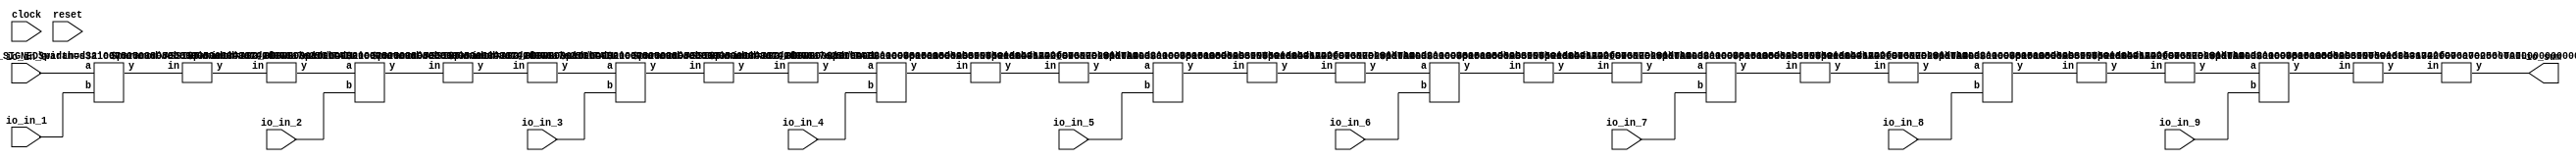
module FixedPointReduce(
    input clock,
    input reset,
    input [63:0] io_in_0,
    input [63:0] io_in_1,
    input [63:0] io_in_2,
    input [63:0] io_in_3,
    input [63:0] io_in_4,
    input [63:0] io_in_5,
    input [63:0] io_in_6,
    input [63:0] io_in_7,
    input [63:0] io_in_8,
    input [63:0] io_in_9,
    output [63:0] io_sum
);
    wire [64:0] _T_16;
    ADD_SIGNED #(.width(64)) s_add_1 (
        .y(_T_16),
        .a(io_in_0),
        .b(io_in_1)
    );
    wire [63:0] _T_17;
    TAIL #(.width(65), .n(1)) tail_2 (
        .y(_T_17),
        .in(_T_16)
    );
    wire [63:0] _T_18;
    ASSINT #(.width(64)) assint_3 (
        .y(_T_18),
        .in(_T_17)
    );
    wire [64:0] _T_19;
    ADD_SIGNED #(.width(64)) s_add_4 (
        .y(_T_19),
        .a(_T_18),
        .b(io_in_2)
    );
    wire [63:0] _T_20;
    TAIL #(.width(65), .n(1)) tail_5 (
        .y(_T_20),
        .in(_T_19)
    );
    wire [63:0] _T_21;
    ASSINT #(.width(64)) assint_6 (
        .y(_T_21),
        .in(_T_20)
    );
    wire [64:0] _T_22;
    ADD_SIGNED #(.width(64)) s_add_7 (
        .y(_T_22),
        .a(_T_21),
        .b(io_in_3)
    );
    wire [63:0] _T_23;
    TAIL #(.width(65), .n(1)) tail_8 (
        .y(_T_23),
        .in(_T_22)
    );
    wire [63:0] _T_24;
    ASSINT #(.width(64)) assint_9 (
        .y(_T_24),
        .in(_T_23)
    );
    wire [64:0] _T_25;
    ADD_SIGNED #(.width(64)) s_add_10 (
        .y(_T_25),
        .a(_T_24),
        .b(io_in_4)
    );
    wire [63:0] _T_26;
    TAIL #(.width(65), .n(1)) tail_11 (
        .y(_T_26),
        .in(_T_25)
    );
    wire [63:0] _T_27;
    ASSINT #(.width(64)) assint_12 (
        .y(_T_27),
        .in(_T_26)
    );
    wire [64:0] _T_28;
    ADD_SIGNED #(.width(64)) s_add_13 (
        .y(_T_28),
        .a(_T_27),
        .b(io_in_5)
    );
    wire [63:0] _T_29;
    TAIL #(.width(65), .n(1)) tail_14 (
        .y(_T_29),
        .in(_T_28)
    );
    wire [63:0] _T_30;
    ASSINT #(.width(64)) assint_15 (
        .y(_T_30),
        .in(_T_29)
    );
    wire [64:0] _T_31;
    ADD_SIGNED #(.width(64)) s_add_16 (
        .y(_T_31),
        .a(_T_30),
        .b(io_in_6)
    );
    wire [63:0] _T_32;
    TAIL #(.width(65), .n(1)) tail_17 (
        .y(_T_32),
        .in(_T_31)
    );
    wire [63:0] _T_33;
    ASSINT #(.width(64)) assint_18 (
        .y(_T_33),
        .in(_T_32)
    );
    wire [64:0] _T_34;
    ADD_SIGNED #(.width(64)) s_add_19 (
        .y(_T_34),
        .a(_T_33),
        .b(io_in_7)
    );
    wire [63:0] _T_35;
    TAIL #(.width(65), .n(1)) tail_20 (
        .y(_T_35),
        .in(_T_34)
    );
    wire [63:0] _T_36;
    ASSINT #(.width(64)) assint_21 (
        .y(_T_36),
        .in(_T_35)
    );
    wire [64:0] _T_37;
    ADD_SIGNED #(.width(64)) s_add_22 (
        .y(_T_37),
        .a(_T_36),
        .b(io_in_8)
    );
    wire [63:0] _T_38;
    TAIL #(.width(65), .n(1)) tail_23 (
        .y(_T_38),
        .in(_T_37)
    );
    wire [63:0] _T_39;
    ASSINT #(.width(64)) assint_24 (
        .y(_T_39),
        .in(_T_38)
    );
    wire [64:0] _T_40;
    ADD_SIGNED #(.width(64)) s_add_25 (
        .y(_T_40),
        .a(_T_39),
        .b(io_in_9)
    );
    wire [63:0] _T_41;
    TAIL #(.width(65), .n(1)) tail_26 (
        .y(_T_41),
        .in(_T_40)
    );
    wire [63:0] _T_42;
    ASSINT #(.width(64)) assint_27 (
        .y(_T_42),
        .in(_T_41)
    );
    assign io_sum = _T_42;
endmodule //FixedPointReduce
module ADD_SIGNED(y, a, b);
    parameter width = 4;
    output [width:0] y;
    input [width-1:0] a;
    input [width-1:0] b;
    assign y = $signed(a) + $signed(b);
endmodule // ADD_SIGNED
module TAIL(y, in);
    parameter width = 4;
    parameter n = 2;
    output [width-n-1:0] y;
    input [width-1:0] in;
    assign y = in[width-n-1:0];
endmodule // TAIL
module ASSINT(y, in);
    parameter width = 4;
    output [width-1:0] y;
    input [width-1:0] in;
    assign y = $signed(in);
endmodule // ASSINT